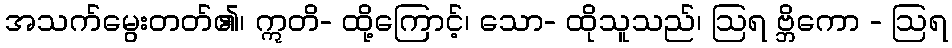
အသက်မွေးတတ်၏၊ ဣတိ- ထို့ကြောင့်၊ သော- ထိုသူသည်၊ ဩရ ဗ္ဘိကော - ဩရ